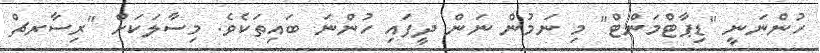
ހުންނަނީ "ޑިޕާޓްމަންޓް" މި ނަމުން ނަން ދީފައި ހުންނަ ބައިތަކެވެ. މިސާލަކަށް "ރިސާރޗް